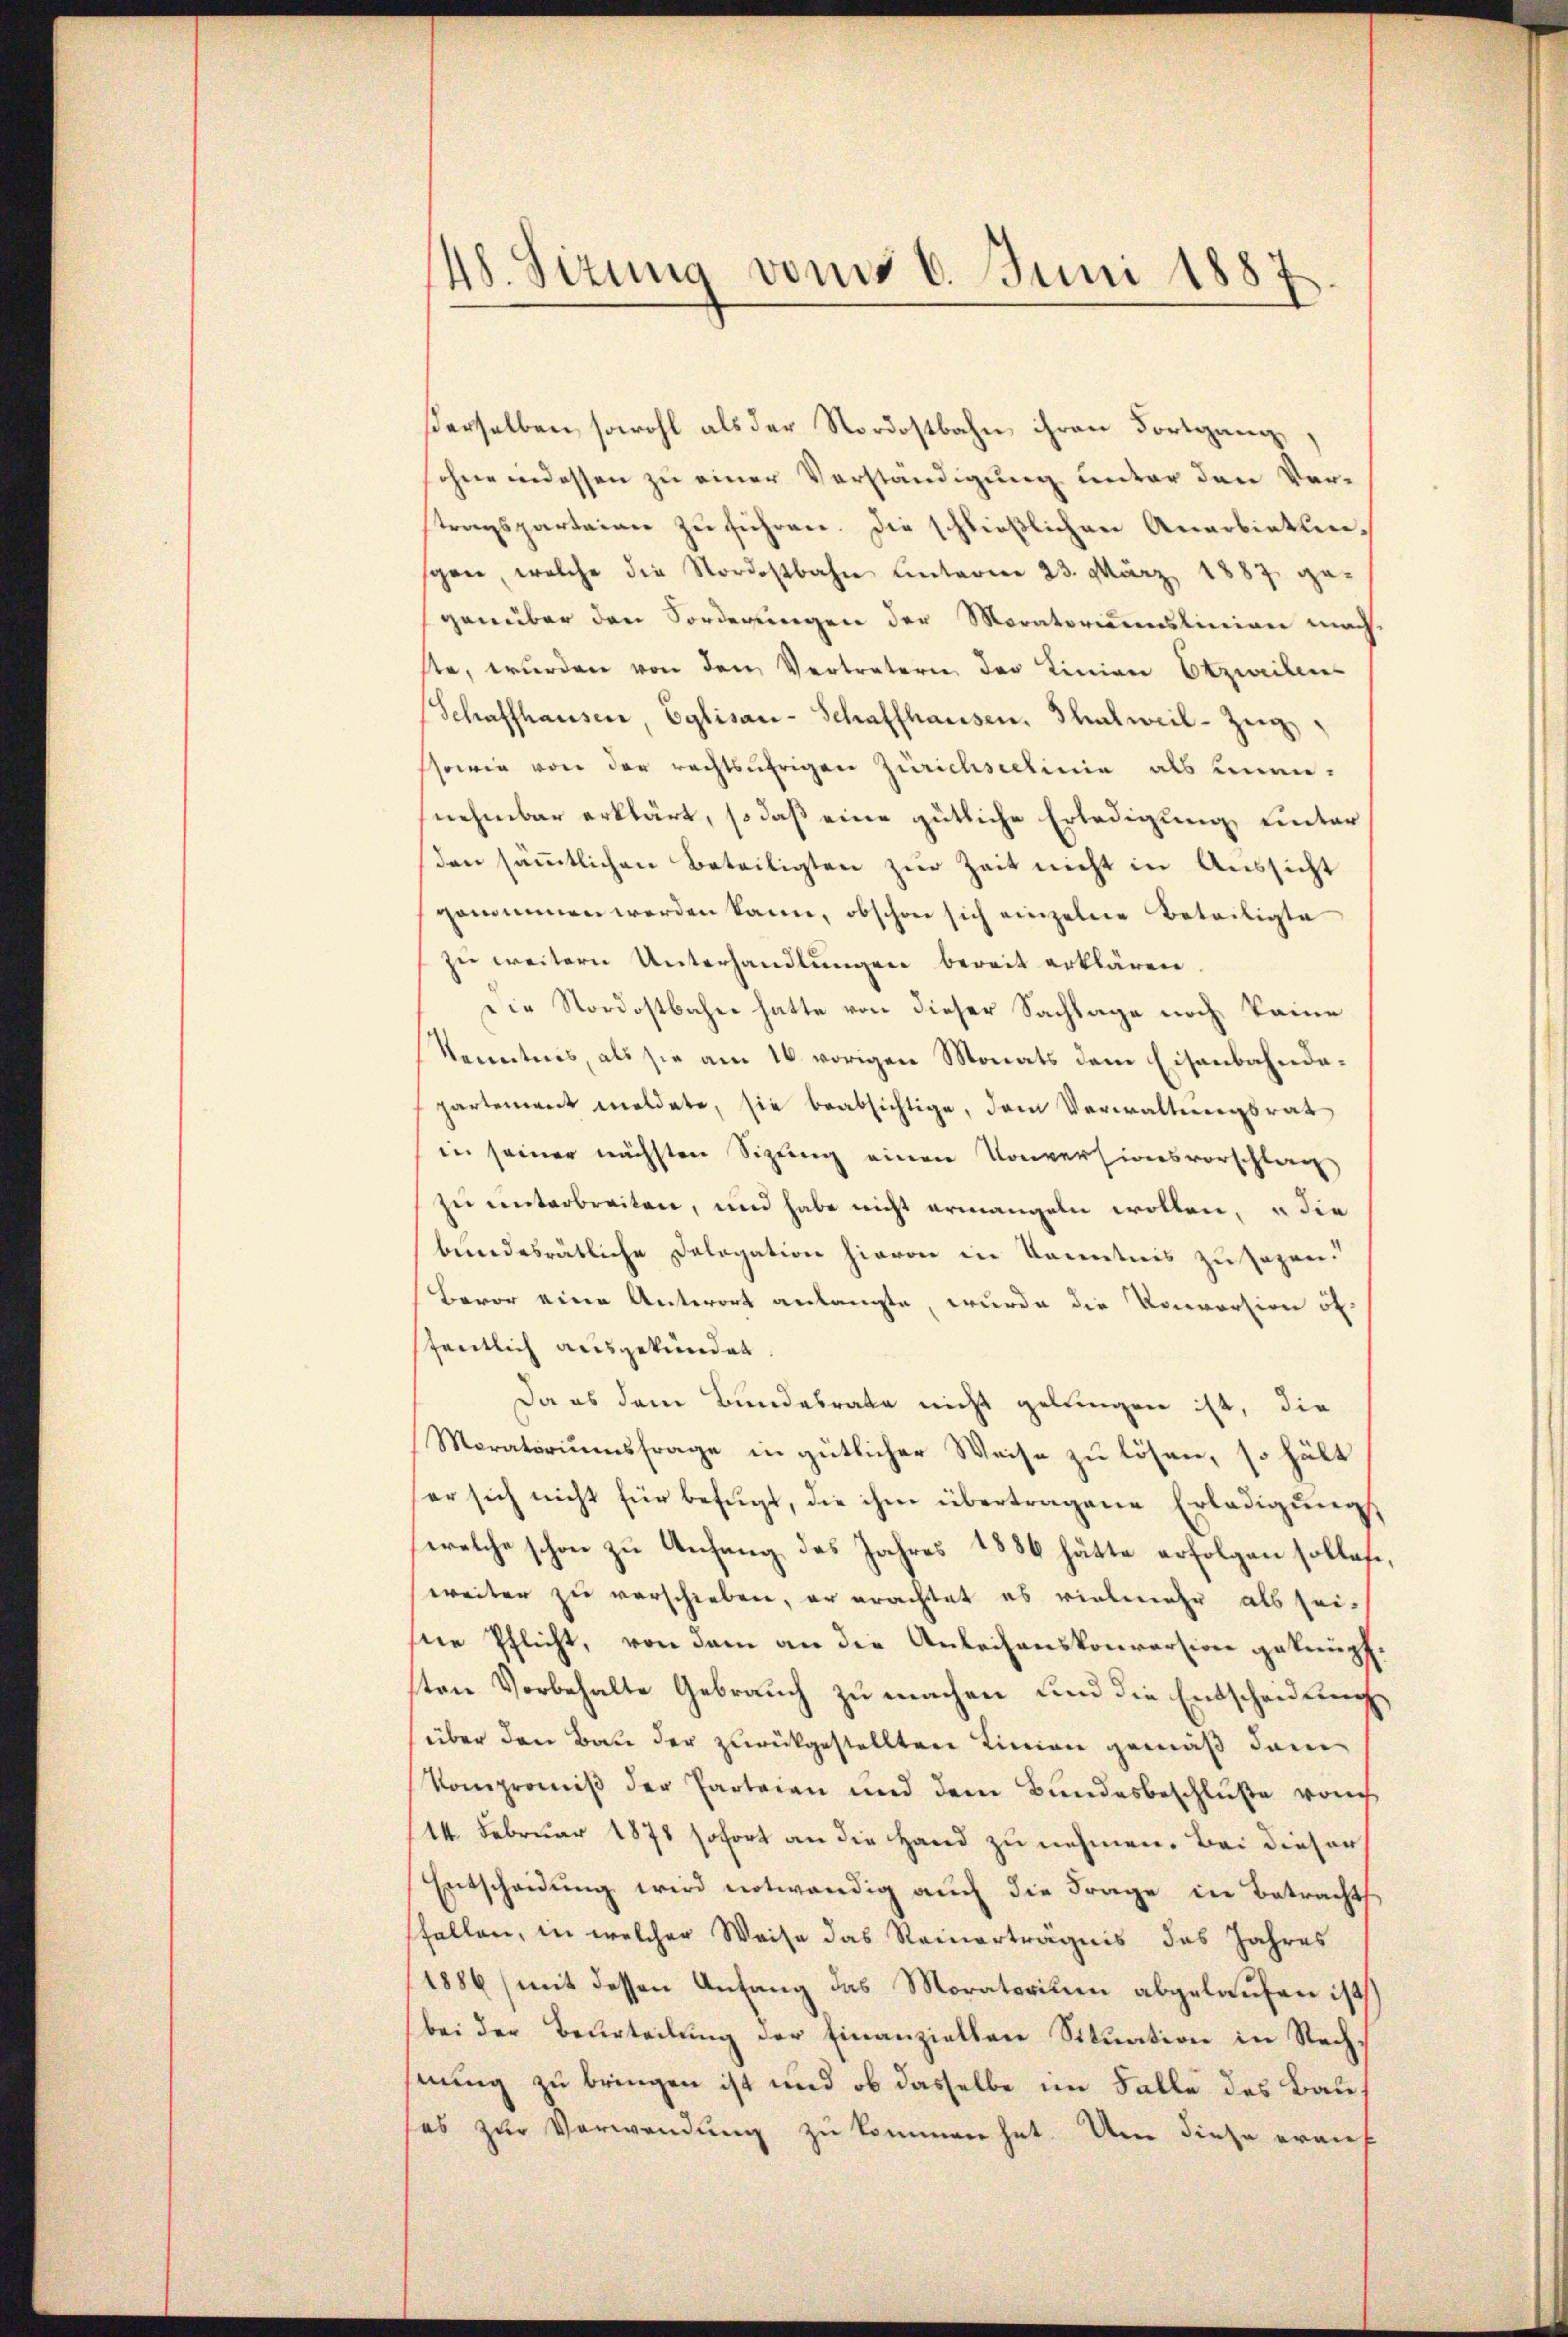
48. Sizung vom 6. Juni 1887

derselben, sowohl als der Nordostbahn ihren Fortgangsohne indessen zu einer Verständigung unter den Verstragsparteien zu führen. Die schließlichen Anerbietenspen, welche die Nordostbahn hinterm 23. März 1887 ge-
genüber den Forderungen der Moratorummslinien nach-
ste, wurden von dem Vertretern der Linien Etzwilen
Schaffhauser, Eglisau-Schaffhausen. Thalweil-Zeugssowie von der rechtsährigen Zürichseelinie als unen-
nehmbar erklärt, so daß eine gütliche Erledigung unter
den sämmtlichen Beteiligten zur Zeit nicht in Aussicht
genommen werden kann, obschon sich einzelne Beteiligte
zue weitern Unterhandlungen bereit erklären
Die Nordostbahn hatte von dieser Sachlage noch keine
Kenntnis, als sie am 16. vorigen Monats dem Eisenbahndapartement meldete, sie beabsichtige, dem Verwaltungsrat
in seiner nächsten Sizung einen Konversionsvorschlag
zu unterbreiten, und habe nicht ermangeln wollen, u die
beendesrätliche Delegation hievon in Kenntnis zu sagen.
Bevor eine Antwort anlangte, wurde die Vorortion öf
ffentlich ausgekündet.
Da es dem Bundesrate nicht gelungen ist, die
Moratoriumsfrage in gütlicher Weise zu lösen, so hält
er sich nicht für befugt, die ihm übertragene Erledigung
welche schon zu Anfang des Jahres 1886 hätte erfolgen sollete,
weiter zu verschieben, er erachtet es vielmehr als seisne Pflicht, von dem an die Anleihenskonversion geknüpften Vorbehalte Gebrauch zu machen und die Entscheidung
über den Bau der zurückgestellten Linien gemäß dem
Vompromiß der Parteien und dem Bundesbeschluße von
14. Februar 1871 sofort an die Hand zu nehmen. Bei dieser
Entscheidung wird notwendig auch die Frage in Betracht
sfallen, in welcher Weise das Reinerträgnis das Jahres
1886 (mit dessen Anfang das Moratorium abgelaufen ist,
bei der Beurteilung der Einanziellen Situation in Rechhnung zu bringen ist und ob dasselbe im Falle des Bau
ses zur Verwendung zu kommen hat. Um diese erauf